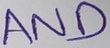
Text: AND